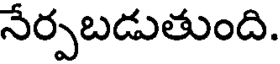
నేర్పబడుతుంది.